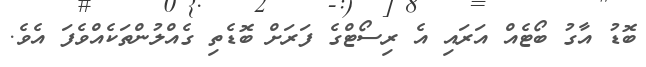
ބޮޑު އާގު ބޯޓެއް އަރައި އެ ރިސޯޓްގެ ފަރަށް ބޮޑެތި ގެއްލުންތަކެއްވެފަ އެވެ.